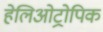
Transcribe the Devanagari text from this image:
हेलिओट्रोपिक